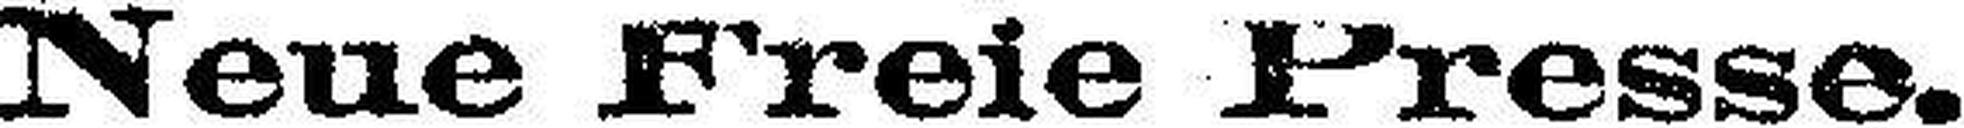
Neue Freie Presse.